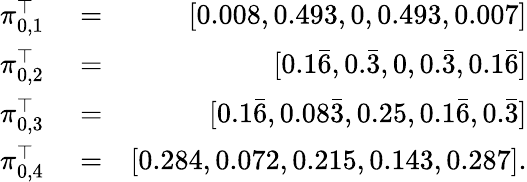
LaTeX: \begin{array}{rlr}{\pi_{0,1}^{\top}}&{{}=}&{[0.008,0.493,0,0.493,0.007]}\\ {\pi_{0,2}^{\top}}&{{}=}&{[0.1\bar{6},0.\bar{3},0,0.\bar{3},0.1\bar{6}]}\\ {\pi_{0,3}^{\top}}&{{}=}&{[0.1\bar{6},0.08\bar{3},0.25,0.1\bar{6},0.\bar{3}]}\\ {\pi_{0,4}^{\top}}&{{}=}&{[0.284,0.072,0.215,0.143,0.287].}\end{array}